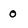
Character: O